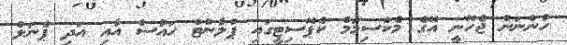
ހުންނަން ޖެހޭނީ އޭގެ މެކްސިމަމް ކެޕޭސިޓީގައި ޕްލާންޓް ހައުސް އާއި އަދި ޕެނަލް